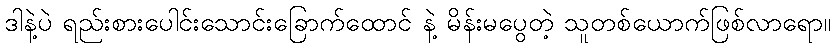
ဒါနဲ့ပဲ ရည်းစားပေါင်းသောင်းခြောက်ထောင် နဲ့ မိန်းမပွေတဲ့ သူတစ်ယောက်ဖြစ်လာရော။